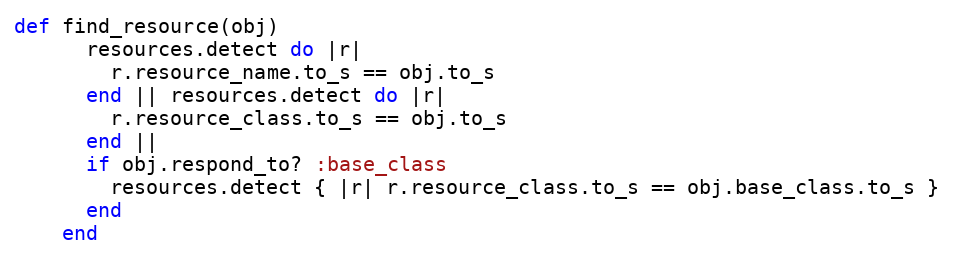
Language: Ruby
def find_resource(obj)
      resources.detect do |r|
        r.resource_name.to_s == obj.to_s
      end || resources.detect do |r|
        r.resource_class.to_s == obj.to_s
      end ||
      if obj.respond_to? :base_class
        resources.detect { |r| r.resource_class.to_s == obj.base_class.to_s }
      end
    end